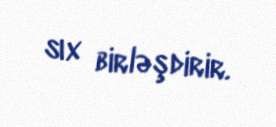
sıx birləşdirir.